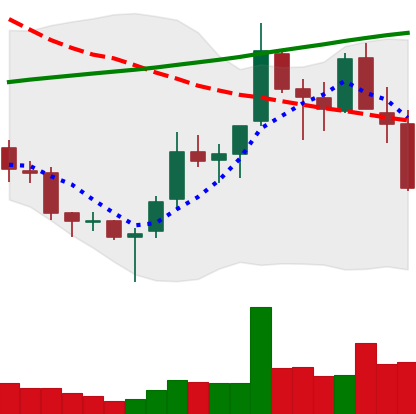
Ticker: TRX-USD
Chart end date: 2018-03-31
Forward return: 17.785%
Label: up_7plus